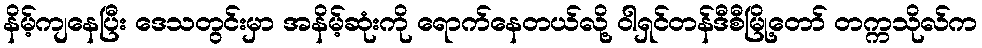
နိမ့်ကျနေပြီး ဒေသတွင်းမှာ အနိမ့်ဆုံးကို ရောက်နေတယ်လို့ ဝါရှင်တန်ဒီစီမြို့တော် တက္ကသိုလ်က